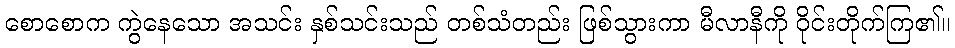
စောစောက ကွဲနေသော အသင်း နှစ်သင်းသည် တစ်သံတည်း ဖြစ်သွားကာ မီလာနီကို ဝိုင်းတိုက်ကြ၏။